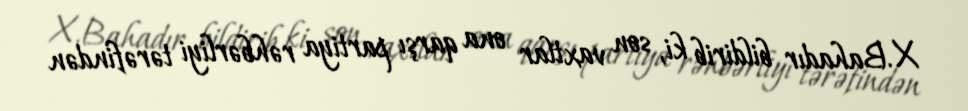
X.Bahadır bildirib ki, son vaxtlar ona qarşı partiya rəhbərliyi tərəfindən